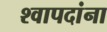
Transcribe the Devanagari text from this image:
श्वापदांना